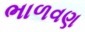
ભાળવણ